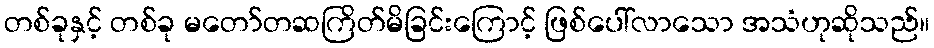
တစ်ခုနှင့် တစ်ခု မတော်တဆကြိတ်မိခြင်းကြောင့် ဖြစ်ပေါ်လာသော အသံဟုဆိုသည်။